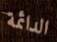
الدائمة